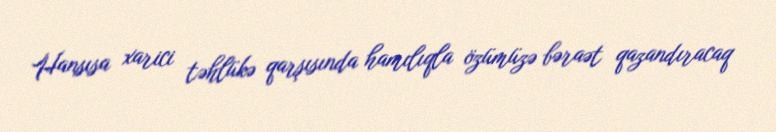
Hansısa xarici təhlükə qarşısında hamılıqla özümüzə bəraət qazandıracaq